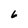
Character: 6